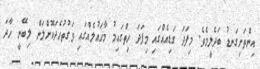
އިންތަށިގަނޑު ބަދެލީމެވެ. މިފަދަ ގަޑިއެއްގައި މިފަދަ ހިތްގައިމު މާހައުލެއްގައި ވަގުތުހެދަކޮށްލަން ލިބޭނީ ހާދަ